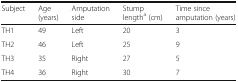
<table><thead><tr><td><b>Subject</b></td><td><b>Age (years)</b></td><td><b>Amputation side</b></td><td><b>Stump length<sup>a</sup> (cm)</b></td><td><b>Time since amputation (years)</b></td></tr></thead><tbody><tr><td>TH1</td><td>49</td><td>Left</td><td>20</td><td>3</td></tr><tr><td>TH2</td><td>46</td><td>Left</td><td>25</td><td>9</td></tr><tr><td>TH3</td><td>35</td><td>Right</td><td>27</td><td>5</td></tr><tr><td>TH4</td><td>36</td><td>Right</td><td>30</td><td>7</td></tr></tbody></table>